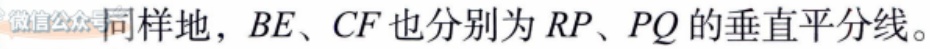
同样地，$BE、CF$也分别为$RP、PQ$的垂直平分线。